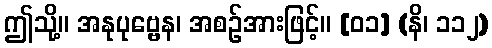
ဤသို့။ အနုပုဗ္ဗေန၊ အစဉ်အားဖြင့်။ [၀၁] (နိ၊ ၁၁၂)